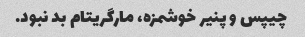
چیپس و پنیر خوشمزه، مارگریتام بد نبود.